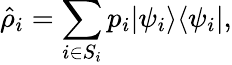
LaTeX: \hat{\rho}_{i}=\sum_{i\in S_{i}}p_{i}|\psi_{i}\rangle\langle\psi_{i}|,